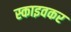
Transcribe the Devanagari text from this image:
स्काइवकर